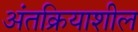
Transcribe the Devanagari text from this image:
अंतक्रियाशील